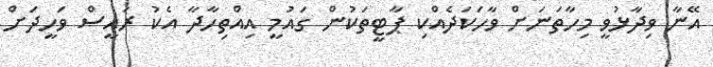
އޭނާ ވިދާޅުވީ މިހާތަނަށް ވާހަކަދެއްކި ޕާޓީތަކުން ގައުމީ އިއްތިހާދާ އެކު ރައީސް ވަހީދަށް